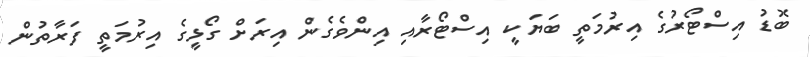
ބޮޑު އިސްޓޯރުގެ އިރުމަތީ ބަޔަކީ އިސްޓޯރާއި އިންވެގެން އިރަށް ގޯޅީގެ އިރުމަތީ ފަރާތުން